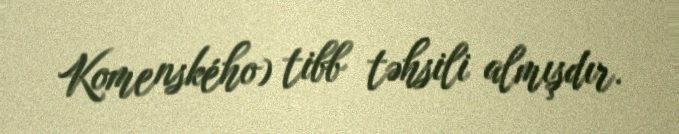
Komenského) tibb təhsili almışdır.